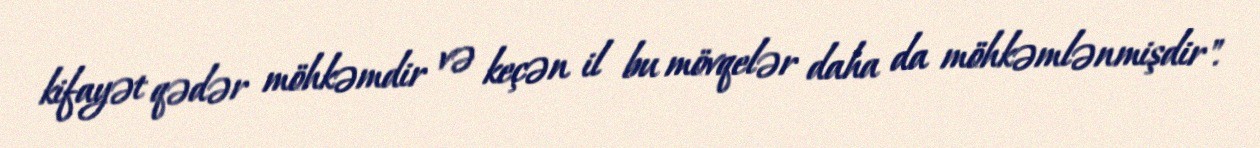
kifayət qədər möhkəmdir və keçən il bu mövqelər daha da möhkəmlənmişdir".